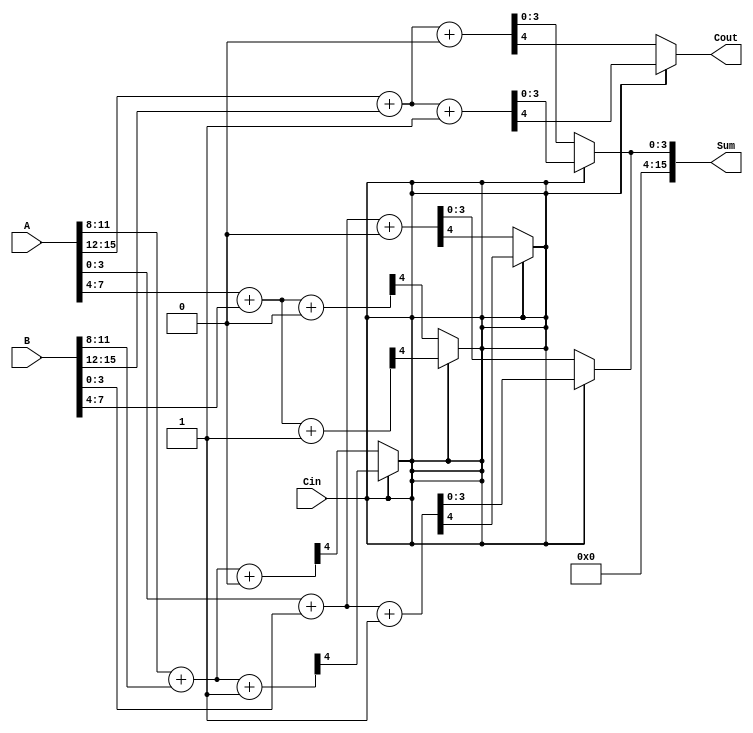
module CarrySelectAdder #(
    parameter N = 16,  // Total bit-width
    parameter M = 4    // Width of each segment
) (
    input [N-1:0] A,   // Operand A
    input [N-1:0] B,   // Operand B
    input Cin,         // Carry-in
    output [N-1:0] Sum,// Sum output
    output Cout        // Carry-out
);

    // Number of segments
    localparam SEGMENTS = N / M;

    // Intermediate signals
    wire [M-1:0] Sum0 [0:SEGMENTS-1];
    wire [M-1:0] Sum1 [0:SEGMENTS-1];
    wire [SEGMENTS-1:0] C_out;
    wire [SEGMENTS-1:0] C_out_next;

    // Generate sums for each segment
    genvar i;
    generate
        for (i = 0; i < SEGMENTS; i = i + 1) begin : ADDER_SEGMENT
            wire [M-1:0] A_seg = A[(i+1)*M-1:i*M];
            wire [M-1:0] B_seg = B[(i+1)*M-1:i*M];

            // Full-adders for carry-in = 0
            assign {C_out[i], Sum0[i]} = A_seg + B_seg + 1'b0;

            // Full-adders for carry-in = 1
            assign {C_out_next[i], Sum1[i]} = A_seg + B_seg + 1'b1;
        end
    endgenerate

    // Carry select logic using multiplexers
    wire next_carry;
    assign Sum = (Cin == 1'b0) ? {Sum0[SEGMENTS-1]} : {Sum1[SEGMENTS-1]};
    assign Cout = (Cin == 1'b0) ? C_out[SEGMENTS-1] : C_out_next[SEGMENTS-1];

    // Select the appropriate sum for each segment based on carry input
    generate
        for (i = 0; i < SEGMENTS - 1; i = i + 1) begin : SELECT_SUM
            assign Sum[i*M +: M] = (Cin == 1'b0) ? Sum0[i] : Sum1[i];
            // Update carry-in for the next stage
            assign Cin = (Cin == 1'b0) ? C_out[i] : C_out_next[i];
        end
    endgenerate

endmodule